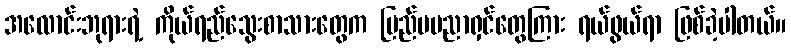
အလောင်းဘုရားရဲ့ ကိုယ်ရည်သွေးစာသားတွေက ပြည်ပပညာရှင်တွေကြား ရယ်ဖွယ်ရာ ဖြစ်ခဲ့ပါတယ်။